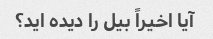
آیا اخیراً بیل را دیده اید؟